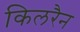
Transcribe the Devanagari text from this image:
किलरैन